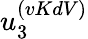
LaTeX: u_{3}^{(vKdV)}